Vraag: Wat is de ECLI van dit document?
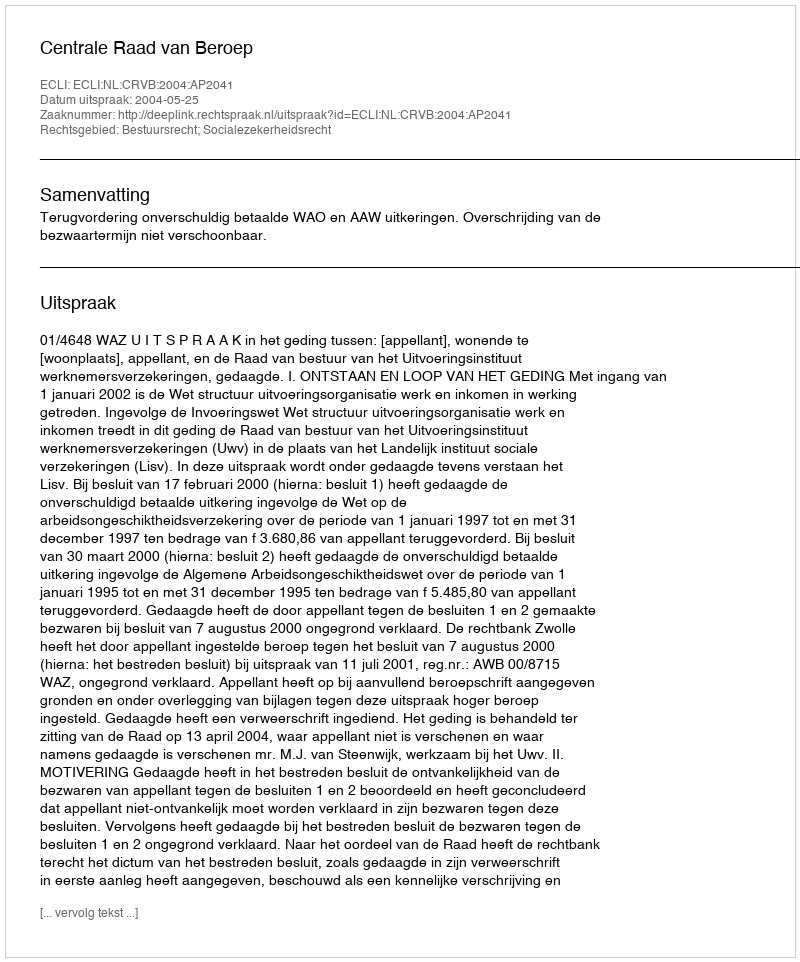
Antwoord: ECLI:NL:CRVB:2004:AP2041